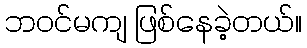
ဘဝင်မကျ ဖြစ်နေခဲ့တယ်။